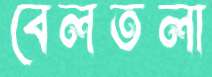
বেলতলা